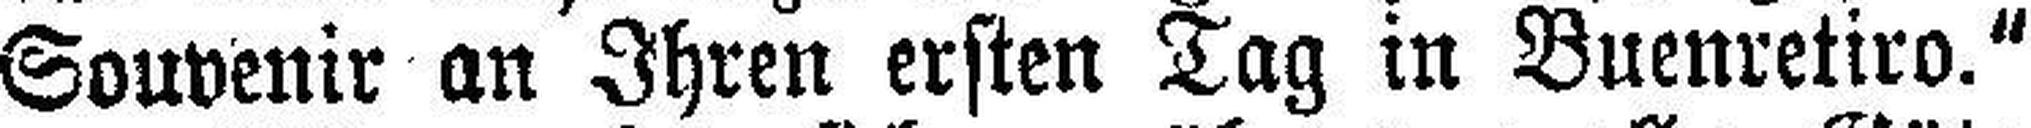
Souvenir an Ihren ersten Tag in Buenretiro."